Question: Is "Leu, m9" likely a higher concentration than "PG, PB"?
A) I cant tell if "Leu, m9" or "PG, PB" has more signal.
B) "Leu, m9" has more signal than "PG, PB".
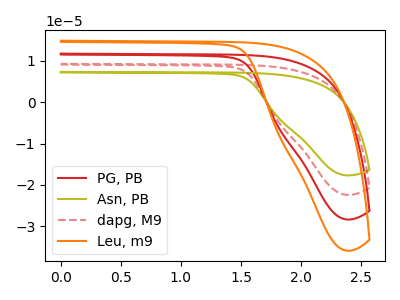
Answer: <think>The red curve "PG, PB" has no peaks. The olive curve "Asn, PB" has no peaks. The red dashed curve "dapg, M9" has no peaks. The orange curve "Leu, m9" has no peaks.
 Neither "Leu, m9" or "PG, PB" have any peaks.</think>
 <answer>A) I cant tell if "Leu, m9" or "PG, PB" has more signal.</answer>
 <eval>A</eval>